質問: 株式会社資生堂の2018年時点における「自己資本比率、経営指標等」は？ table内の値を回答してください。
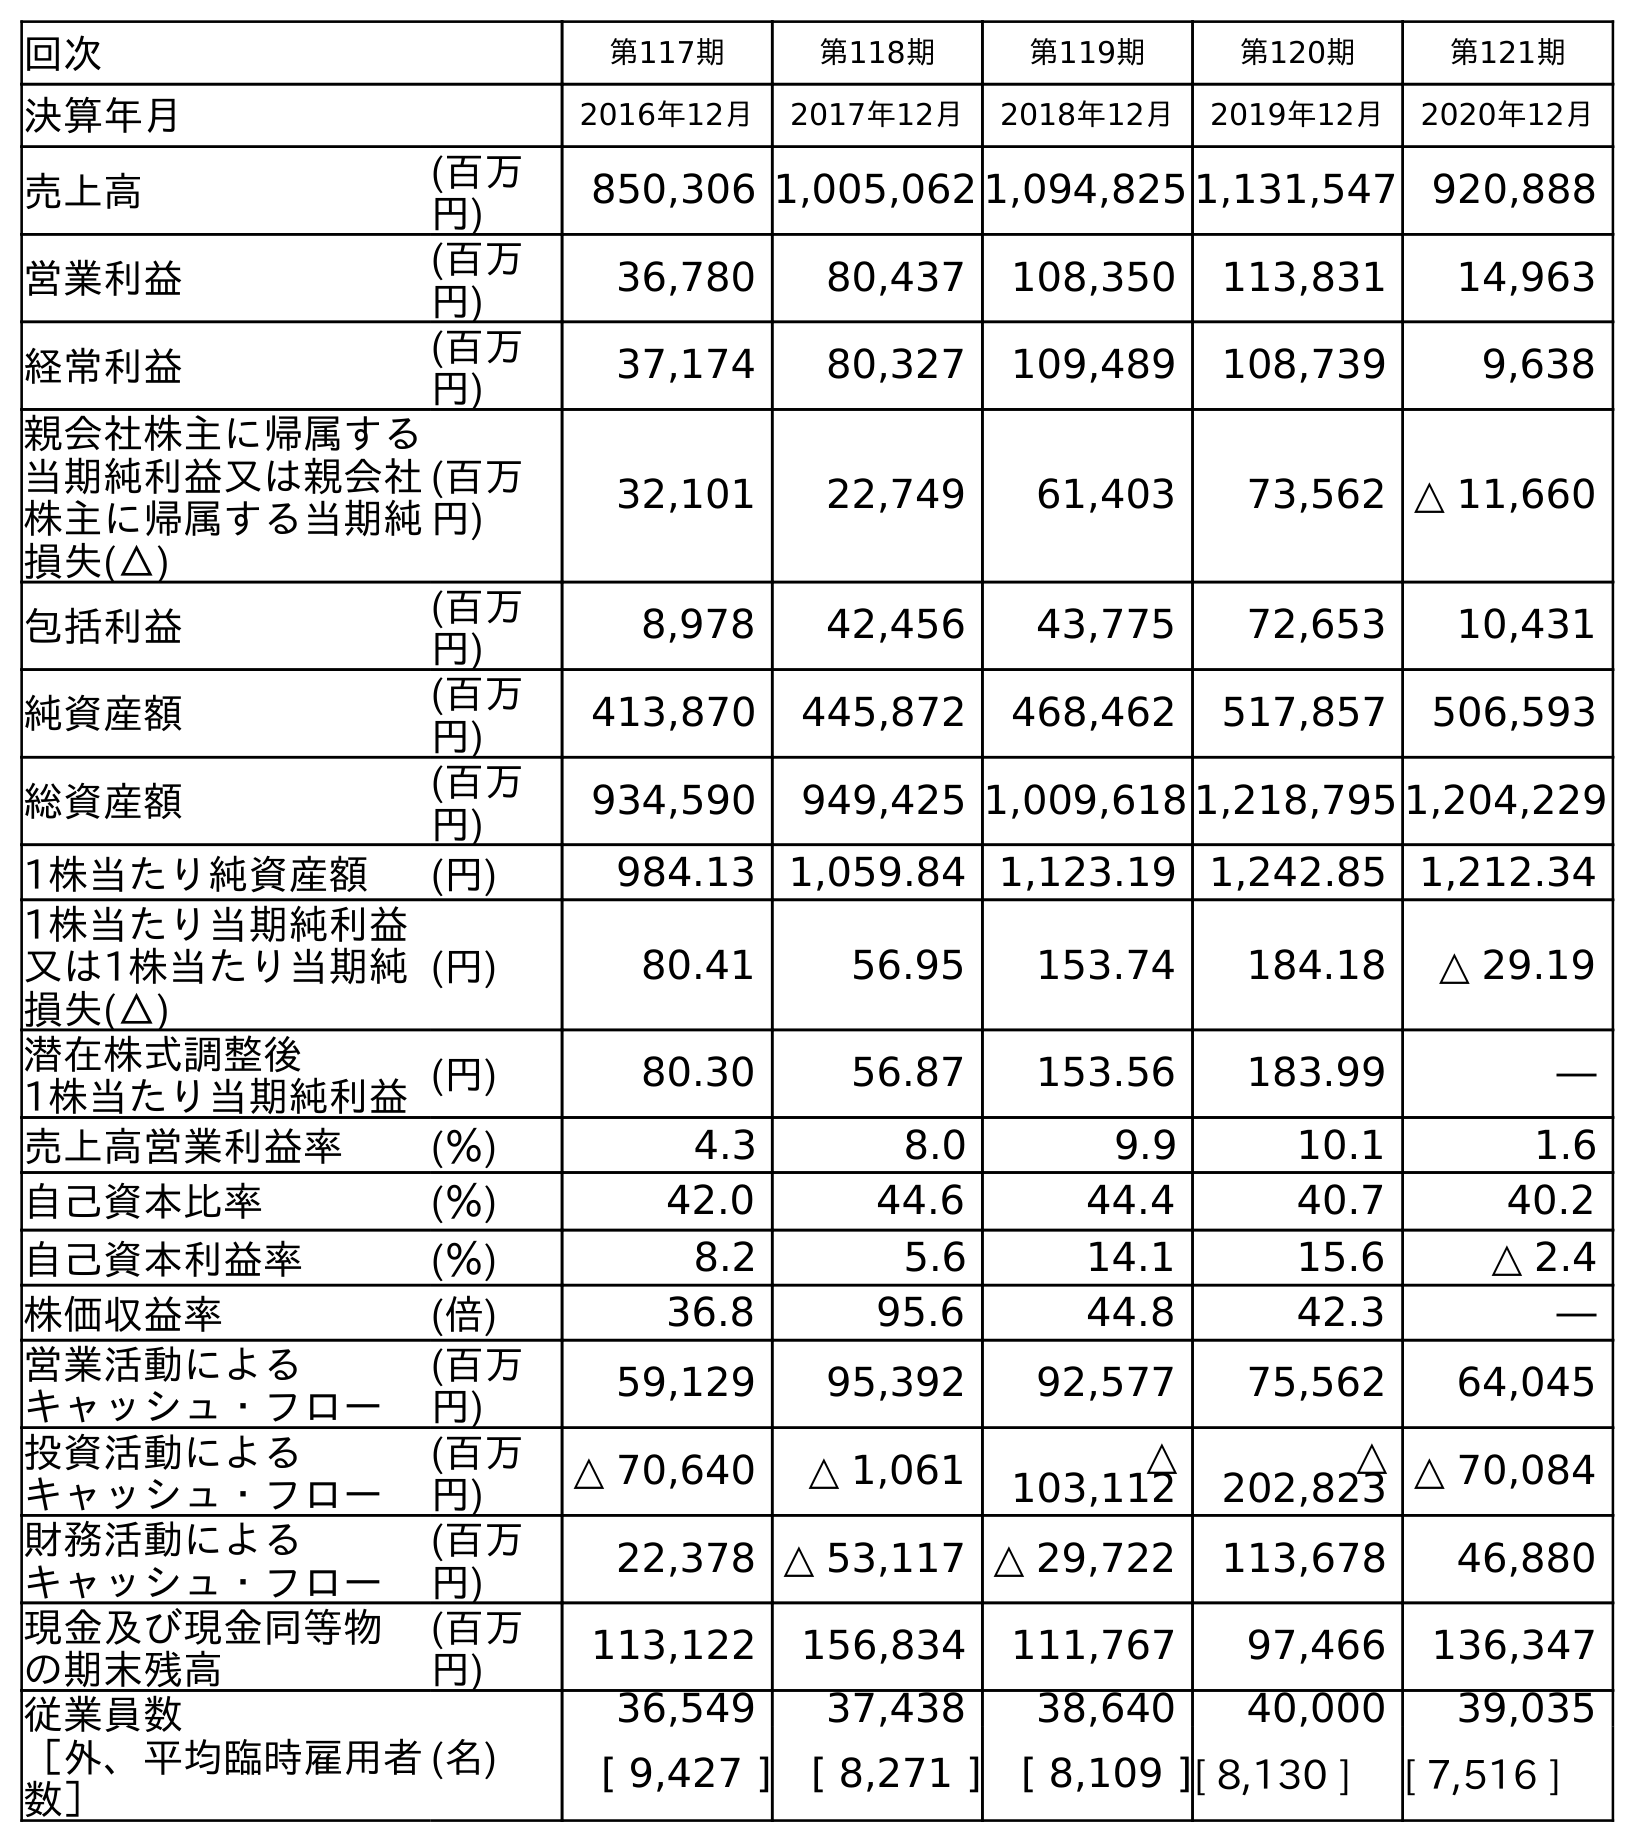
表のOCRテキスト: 回次 第117期 第118期 第119期 第120期 第121期 決算年月 2016年12月 2017年12月 2018年12月 2019年12月 2020年12月 売上高 (百万 円) 850,306 1,005,062 1,094,825 1,131,547 920,888 営業利益 (百万 円) 36,780 80,437 108,350 113,831 14,963 経常利益 (百万 円) 37,174 80,327 109,489 108,739 9,638 親会社株主に帰属する 当期純利益又は親会社 株主に帰属する当期純 損失(△) (百万 円) 32,101 22,749 61,403 73,562 △ 11,660 包括利益 (百万 円) 8,978 42,456 43,775 72,653 10,431 純資産額 (百万 円) 413,870 445,872 468,462 517,857 506,593 総資産額 (百万 円) 934,590 949,425 1,009,618 1,218,795 1,204,229 1株当たり純資産額 (円) 984.13 1,059.84 1,123.19 1,242.85 1,212.34 1株当たり当期純利益 又は1株当たり当期純 損失(△) (円) 80.41 56.95 153.74 184.18 △ 29.19 潜在株式調整後 1株当たり当期純利益(円) 80.30 56.87 153.56 183.99 ― 売上高営業利益率 (％) 4.3 8.0 9.9 10.1 1.6 自己資本比率 (％) 42.0 44.6 44.4 40.7 40.2 自己資本利益率 (％) 8.2 5.6 14.1 15.6 △ 2.4 株価収益率 (倍) 36.8 95.6 44.8 42.3 ― 営業活動による キャッシュ・フロー (百万 円) 59,129 95,392 92,577 75,562 64,045 投資活動による キャッシュ・フロー (百万 円) △ 70,640 △ 1,061 △ 103,112 △ 202,823 △ 70,084 財務活動による キャッシュ・フロー (百万 円) 22,378 △ 53,117 △ 29,722 113,678 46,880 現金及び現金同等物 の期末残高 (百万 円) 113,122 156,834 111,767 97,466 136,347 従業員数 ［外、平均臨時雇用者 数］ (名) 36,549 37,438 38,640 40,000 39,035 [ 9,427 ] [ 8,271 ] [ 8,109 ][ 8,130 ] [ 7,516 ]
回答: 44.4